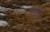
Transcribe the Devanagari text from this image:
यदव